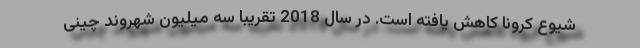
شیوع کرونا کاهش یافته است. در سال 2018 تقریبا سه میلیون شهروند چینی